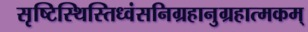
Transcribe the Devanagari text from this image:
सृष्टिस्थिस्तिध्वंसनिग्रहानुग्रहात्मकम्